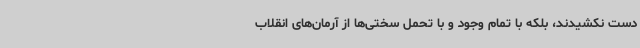
دست نکشیدند، بلکه با تمام وجود و با تحمل سختی‌ها از آرمان‌های انقلاب